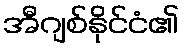
အီဂျစ်နိုင်ငံ၏